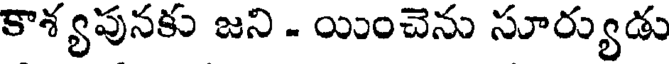
కాశ్యపునకు జని - యించెను సూర్యుడు